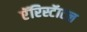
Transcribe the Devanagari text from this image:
एॅरिस्टॅाटल